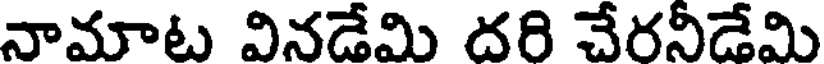
నామాట వినడేమి దరి చేరనీడేమి